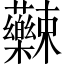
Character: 𱿌